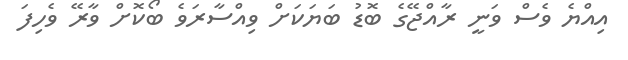
އިއްޔެ ވެސް ވަނީ ރާއްޖޭގެ ބޮޑު ބަޔަަކަށް ވިއްސާރަވެ ބޯކޮށް ވާރޭ ވެހިފަ